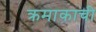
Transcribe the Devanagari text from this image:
क्रमाकाची